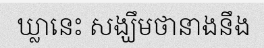
ឃ្លានេះ សង្ឃឹមថានាងនឹង